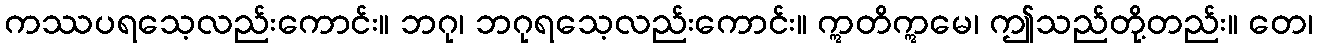
ကဿပရသေ့လည်းကောင်း။ ဘဂု၊ ဘဂုရသေ့လည်းကောင်း။ ဣတိဣမေ၊ ဤသည်တို့တည်း။ တေ၊